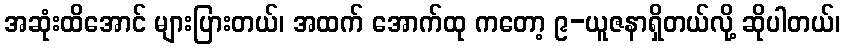
အဆုံးထိအောင် များပြားတယ်၊ အထက် အောက်ထု ကတော့ ၉-ယူဇနာရှိတယ်လို့ ဆိုပါတယ်၊